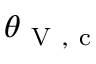
\theta _ { \mathrm { ~ V ~ , ~ c ~ } }